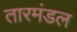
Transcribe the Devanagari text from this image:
तारमंडल